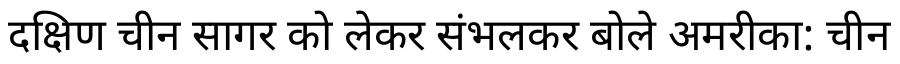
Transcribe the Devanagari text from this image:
दक्षिण चीन सागर को लेकर संभलकर बोले अमरीका: चीन